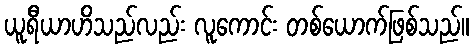
ယူရီယာဟိသည်လည်း လူကောင်း တစ်ယောက်ဖြစ်သည်။